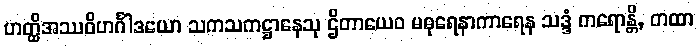
ဟတ္ထိအဿဝိဟင်္ဂါဒယော သကသကဋ္ဌာနေသု ဌိတာယေဝ မဓုရေနာကာရေန သဒ္ဒံ ကရောန္တိ, တထာ